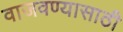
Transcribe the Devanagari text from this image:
वाजवण्यासाठी